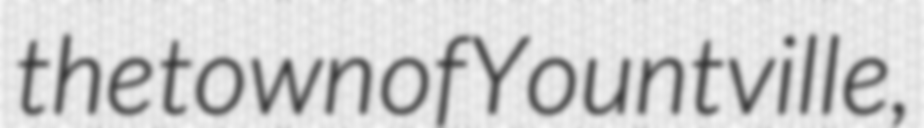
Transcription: the town of Yountville,